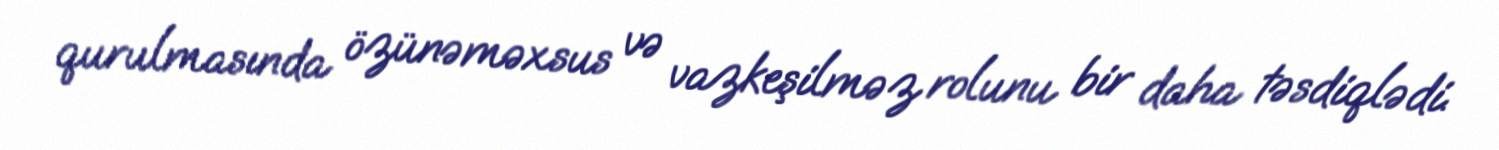
qurulmasında özünəməxsus və vazkeşilməz rolunu bir daha təsdiqlədi.